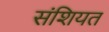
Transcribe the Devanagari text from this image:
संशियत